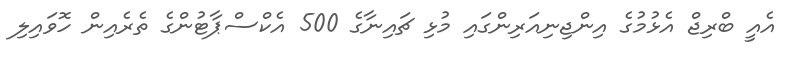
އެއީ ބްރިޖް އެޅުމުގެ އިންޖިނިއަރިންގައި މުޅި ޗައިނާގެ 500 އެކްސްޕާޓުންގެ ތެރެއިން ހޮވައިލި